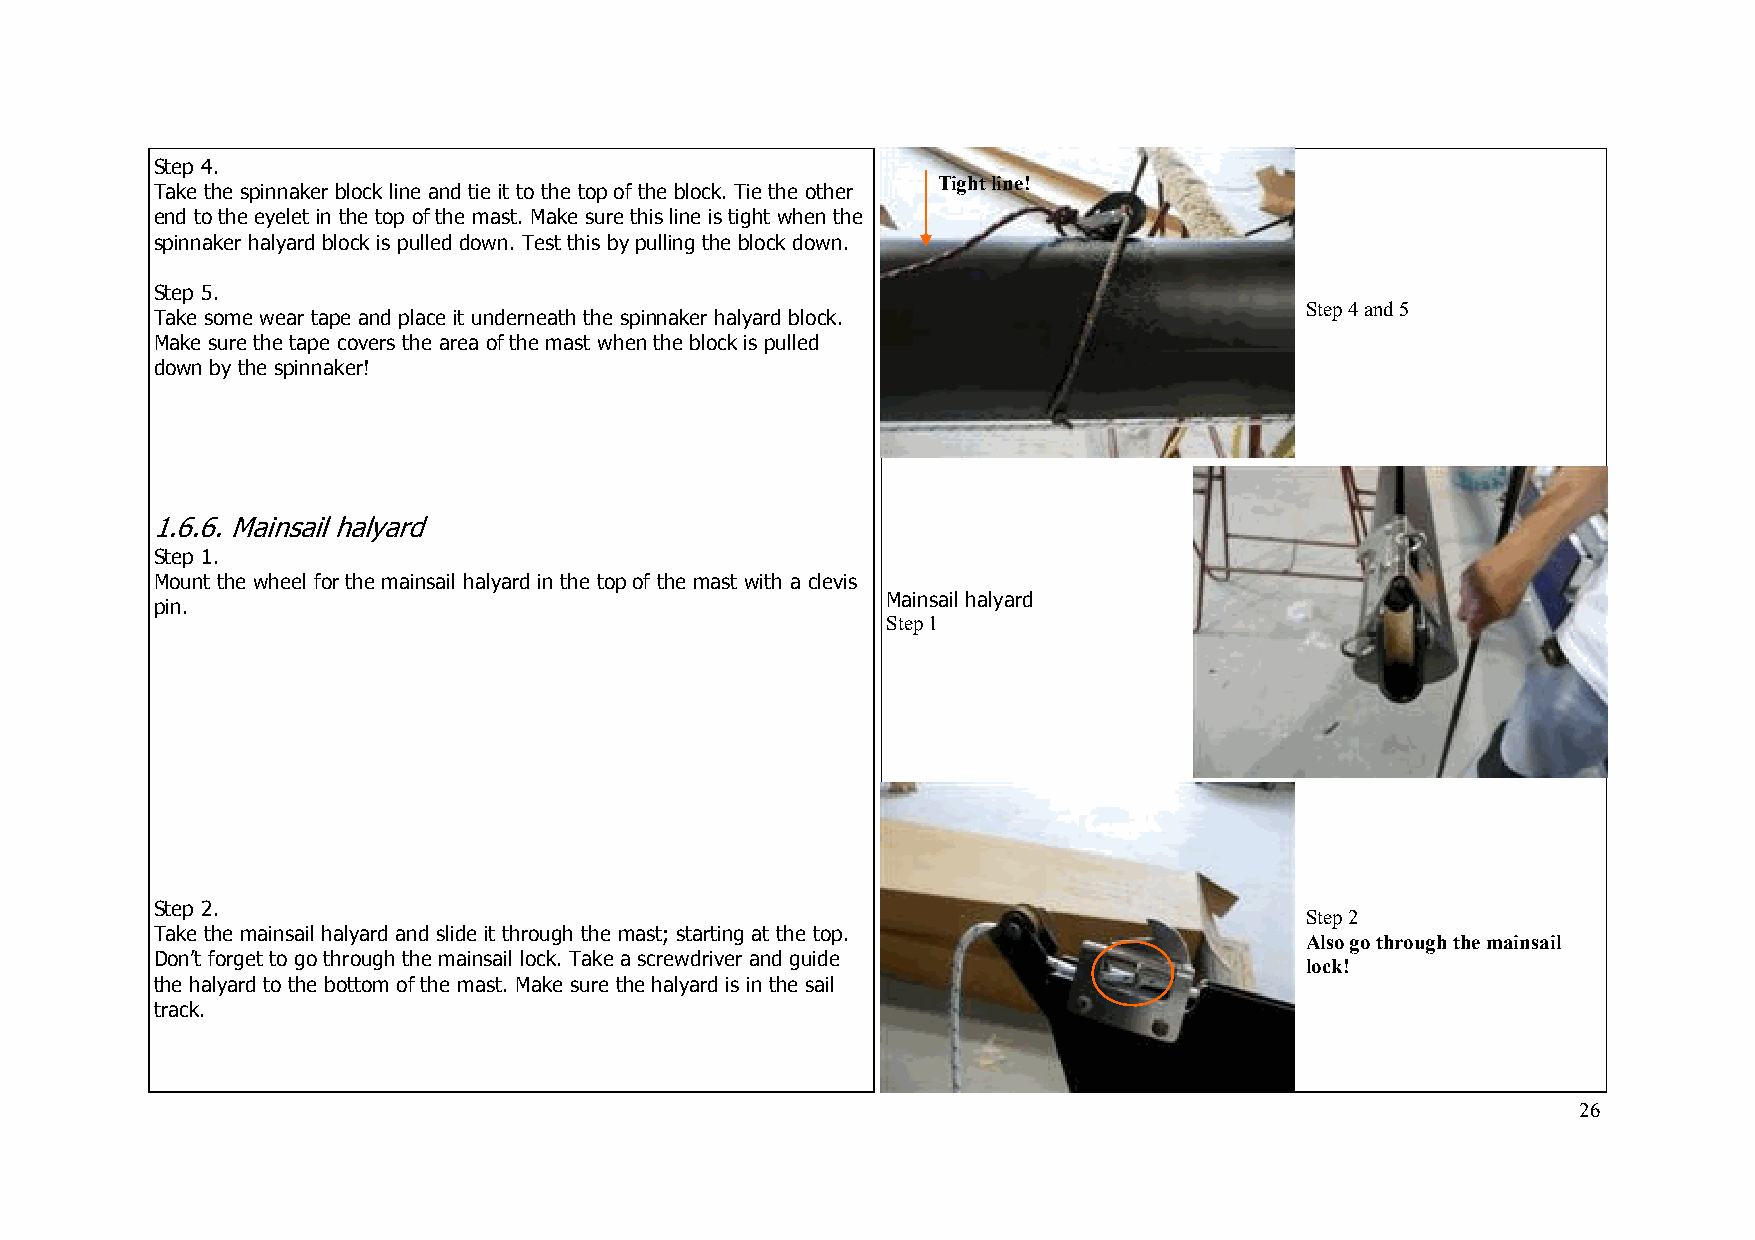
S tep 4.
 Tight line!
 Take the spinnaker block line and tie it to the top of the block. Tie the other
 end to the eyelet in the top of the mast. Make sure this line is tight when the
 spinnaker halyard block is pulled down. Test this by pulling the block down.
 Step 5.
 Step 4 and 5
 Take some wear tape and place it underneath the spinnaker halyard block.
 Make sure the tape covers the area of the mast when the block is pulled
 down by the spinnaker!
 1.6.6. Mainsail halyard
 Step 1.
 Mount the wheel for the mainsail halyard in the top of the mast with a clevis
 Mainsail halyard
 pin.
 Step 1
 Step 2.
 Step 2
 Take the mainsail halyard and slide it through the mast; starting at the top.
 Also go through the mainsail
 Don’t forget to go through the mainsail lock. Take a screwdriver and guide
 lock!
 the halyard to the bottom of the mast. Make sure the halyard is in the sail
 Tape
 track.
 26